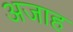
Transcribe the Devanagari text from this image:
अजाह